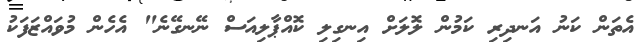
އެތަން ކަނު އަނދިރި ކަމުން ލޮލަށް އިނގިލި ކޮއްޕާލިއަސް ނޭނގޭނެ" އެހެން މުވައްޒަފަކު